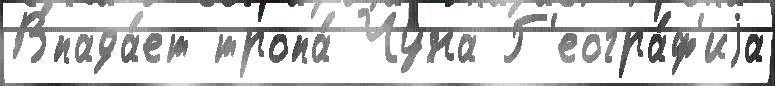
Впада́ет тропа́ Чуна Г'еогра́ф'иjа